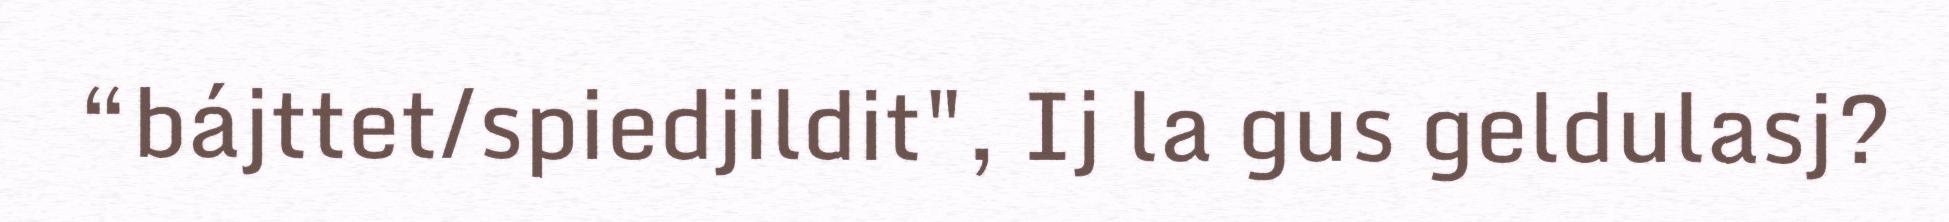
“bájttet/spiedjildit", Ij la gus geldulasj?